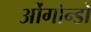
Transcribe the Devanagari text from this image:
ओंगोन्डो